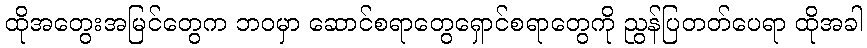
ထိုအတွေးအမြင်တွေက ဘဝမှာ ဆောင်စရာတွေရှောင်စရာတွေကို ညွန်ပြတတ်ပေရာ ထိုအခါ